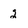
Character: 2